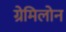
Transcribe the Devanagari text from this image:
ग्रेमिलोन